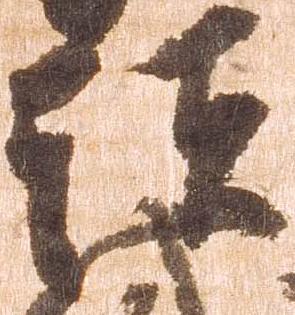
頭